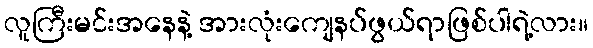
လူကြီးမင်းအနေနဲ့ အားလုံးကျေနပ်ဖွယ်ရာဖြစ်ပါရဲ့လား။